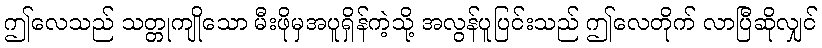
ဤလေသည် သတ္တုကျိုသော မီးဖိုမှအပူရှိန်ကဲ့သို့ အလွန်ပူပြင်းသည် ဤလေတိုက် လာပြီဆိုလျှင်